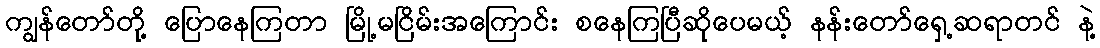
ကျွန်တော်တို့ ပြောနေကြတာ မြို့မငြိမ်းအကြောင်း စနေကြပြီဆိုပေမယ့် နန်းတော်ရှေ့ဆရာတင် နဲ့